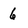
Character: 6